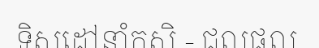
ទិសដៅនាំកសិ - ជលផល